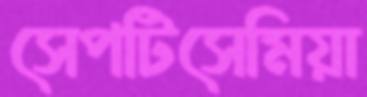
সেপটিসেমিয়া